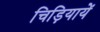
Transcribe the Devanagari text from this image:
चिड़ियायें